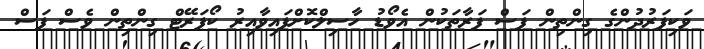
ވަކިފަރުދުންގެ ގިންތިން ފަސް ފަރާތަކުން އެވޯޑު ހާސިލްކޮށްފައިވާއިރު ކޯޕަރޭޓް ގިންތިން ވެސް ފަސް